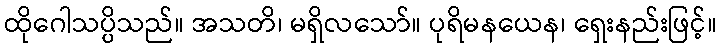
ထိုဂေါသပ္ပိသည်။ အသတိ၊ မရှိလသော်။ ပုရိမနယေန၊ ရှေးနည်းဖြင့်။